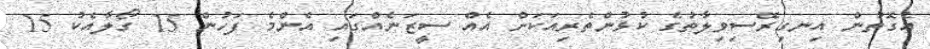
އެގޮތުން އިނގިރޭސިވިލާތުގެ ކުޅުންތެރިއަކަށް އެއް ސީޒަނެއްގައި އެންމެ ފަހުން 15 ގޯލާއެކު 15